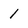
Character: 1